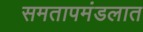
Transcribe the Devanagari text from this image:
समतापमंडलात